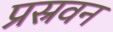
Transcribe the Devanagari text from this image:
प्रस्रवन